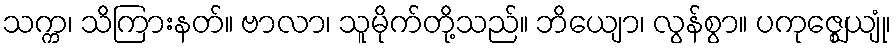
သက္က၊ သိကြားနတ်။ ဗာလာ၊ သူမိုက်တို့သည်။ ဘိယျော၊ လွန်စွာ။ ပကုဇ္ဈေယျုံ၊